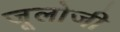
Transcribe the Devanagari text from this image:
जूलोजी